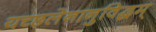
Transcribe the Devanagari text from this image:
यच्छलेनानुविद्धम्